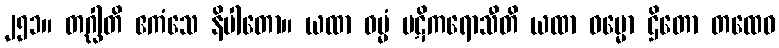
၂၅၁။ တဂ္ဃါတိ ဧကံသေ နိပါတော။ ယထာ ဓမ္မံ ပဋိကရောသီတိ ယထာ ဓမ္မော ဌိတော တထေဝ